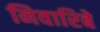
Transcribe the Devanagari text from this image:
निवारिबे